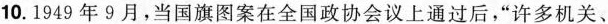
10.1949年9月，当国旗图案在全国政协会议上通过后，”许多机关、